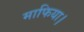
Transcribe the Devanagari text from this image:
माफिया।